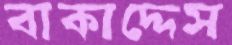
বাকাদ্দেস